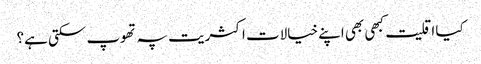
کیا اقلیت کبھی بھی اپنے خیالات اکثریت پہ تھوپ سکتی ہے؟